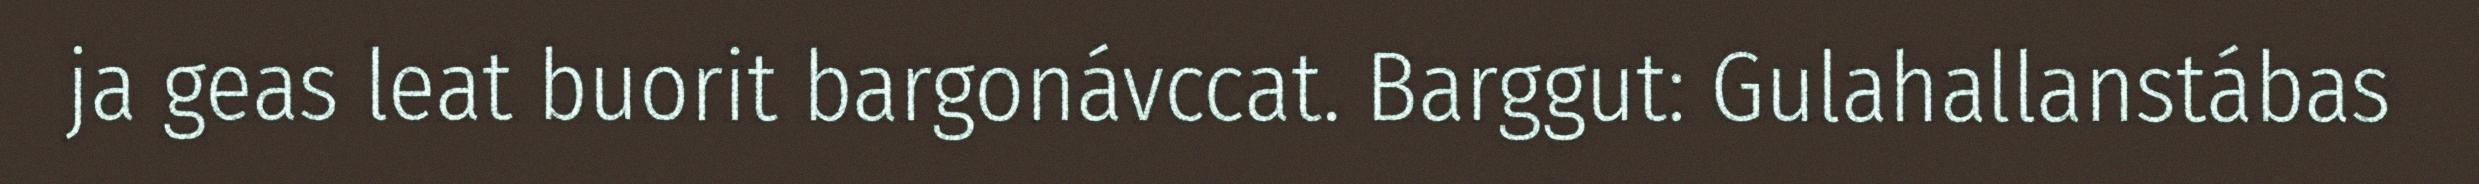
ja geas leat buorit bargonávccat. Barggut: Gulahallanstábas